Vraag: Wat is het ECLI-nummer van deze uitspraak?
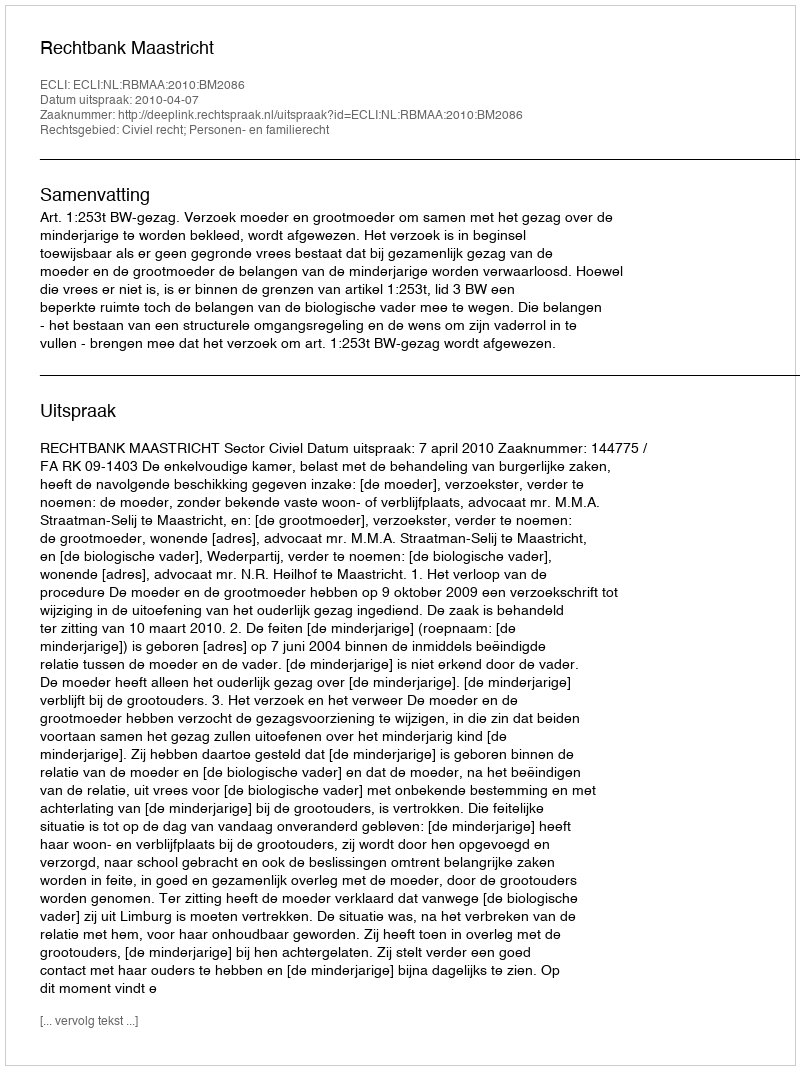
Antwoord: ECLI:NL:RBMAA:2010:BM2086